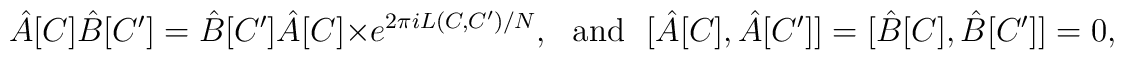
\hat{A}[C]\hat{B}[C']= \hat{B}[C']\hat{A}[C]\times e^{2\pi i L(C, C')/N},~~~\mbox{and}  ~~~[\hat{A}[C], \hat{A}[C']]=[\hat{B}[C], \hat{B}[C']]=0,